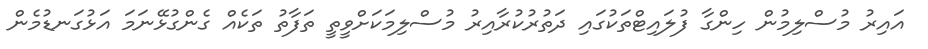
އައިރު މުސްލިމުން ހިންގާ ފުލައިޓްތަކުގައި ދަތުރުކުރާއިރު މުސްލިމަކަށްވީތީ ތަފާތު ތަކެއް ގެންގުޅޭނަމަ އަޅުގަނޑުމެން